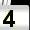
Digit: 4